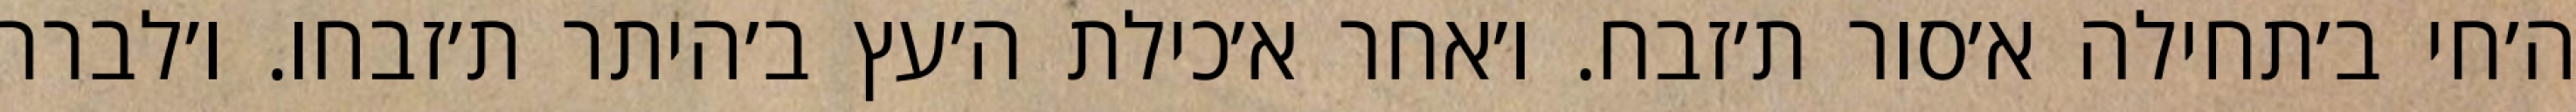
ה׳חי ב׳תחילה א׳סור ת׳זבח. ו׳אחר א׳כילת ה׳עץ ב׳היתר ת׳זבחו. ו׳לברר